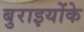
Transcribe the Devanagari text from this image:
बुराइयोंके